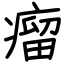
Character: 瘤